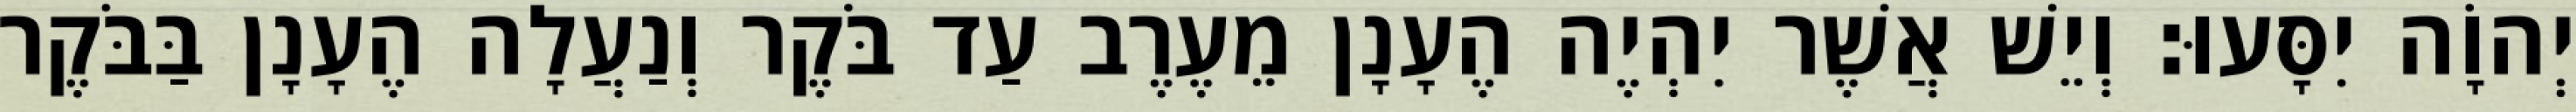
יְהוָֹה יִסָּעוּ׃ וְיֵשׁ אֲשֶׁר יִהְיֶה הֶעָנָן מֵעֶרֶב עַד בֹּקֶר וְנַעֲלָה הֶעָנָן בַּבֹּקֶר